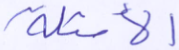
الأمثلة